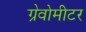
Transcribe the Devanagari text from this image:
ग्रेवोमीटर